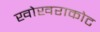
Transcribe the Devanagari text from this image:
खोखराकोट